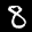
Label: 8